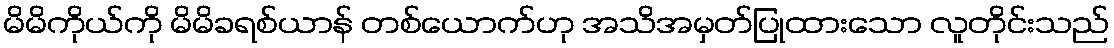
မိမိကိုယ်ကို မိမိခရစ်ယာန် တစ်ယောက်ဟု အသိအမှတ်ပြုထားသော လူတိုင်းသည်